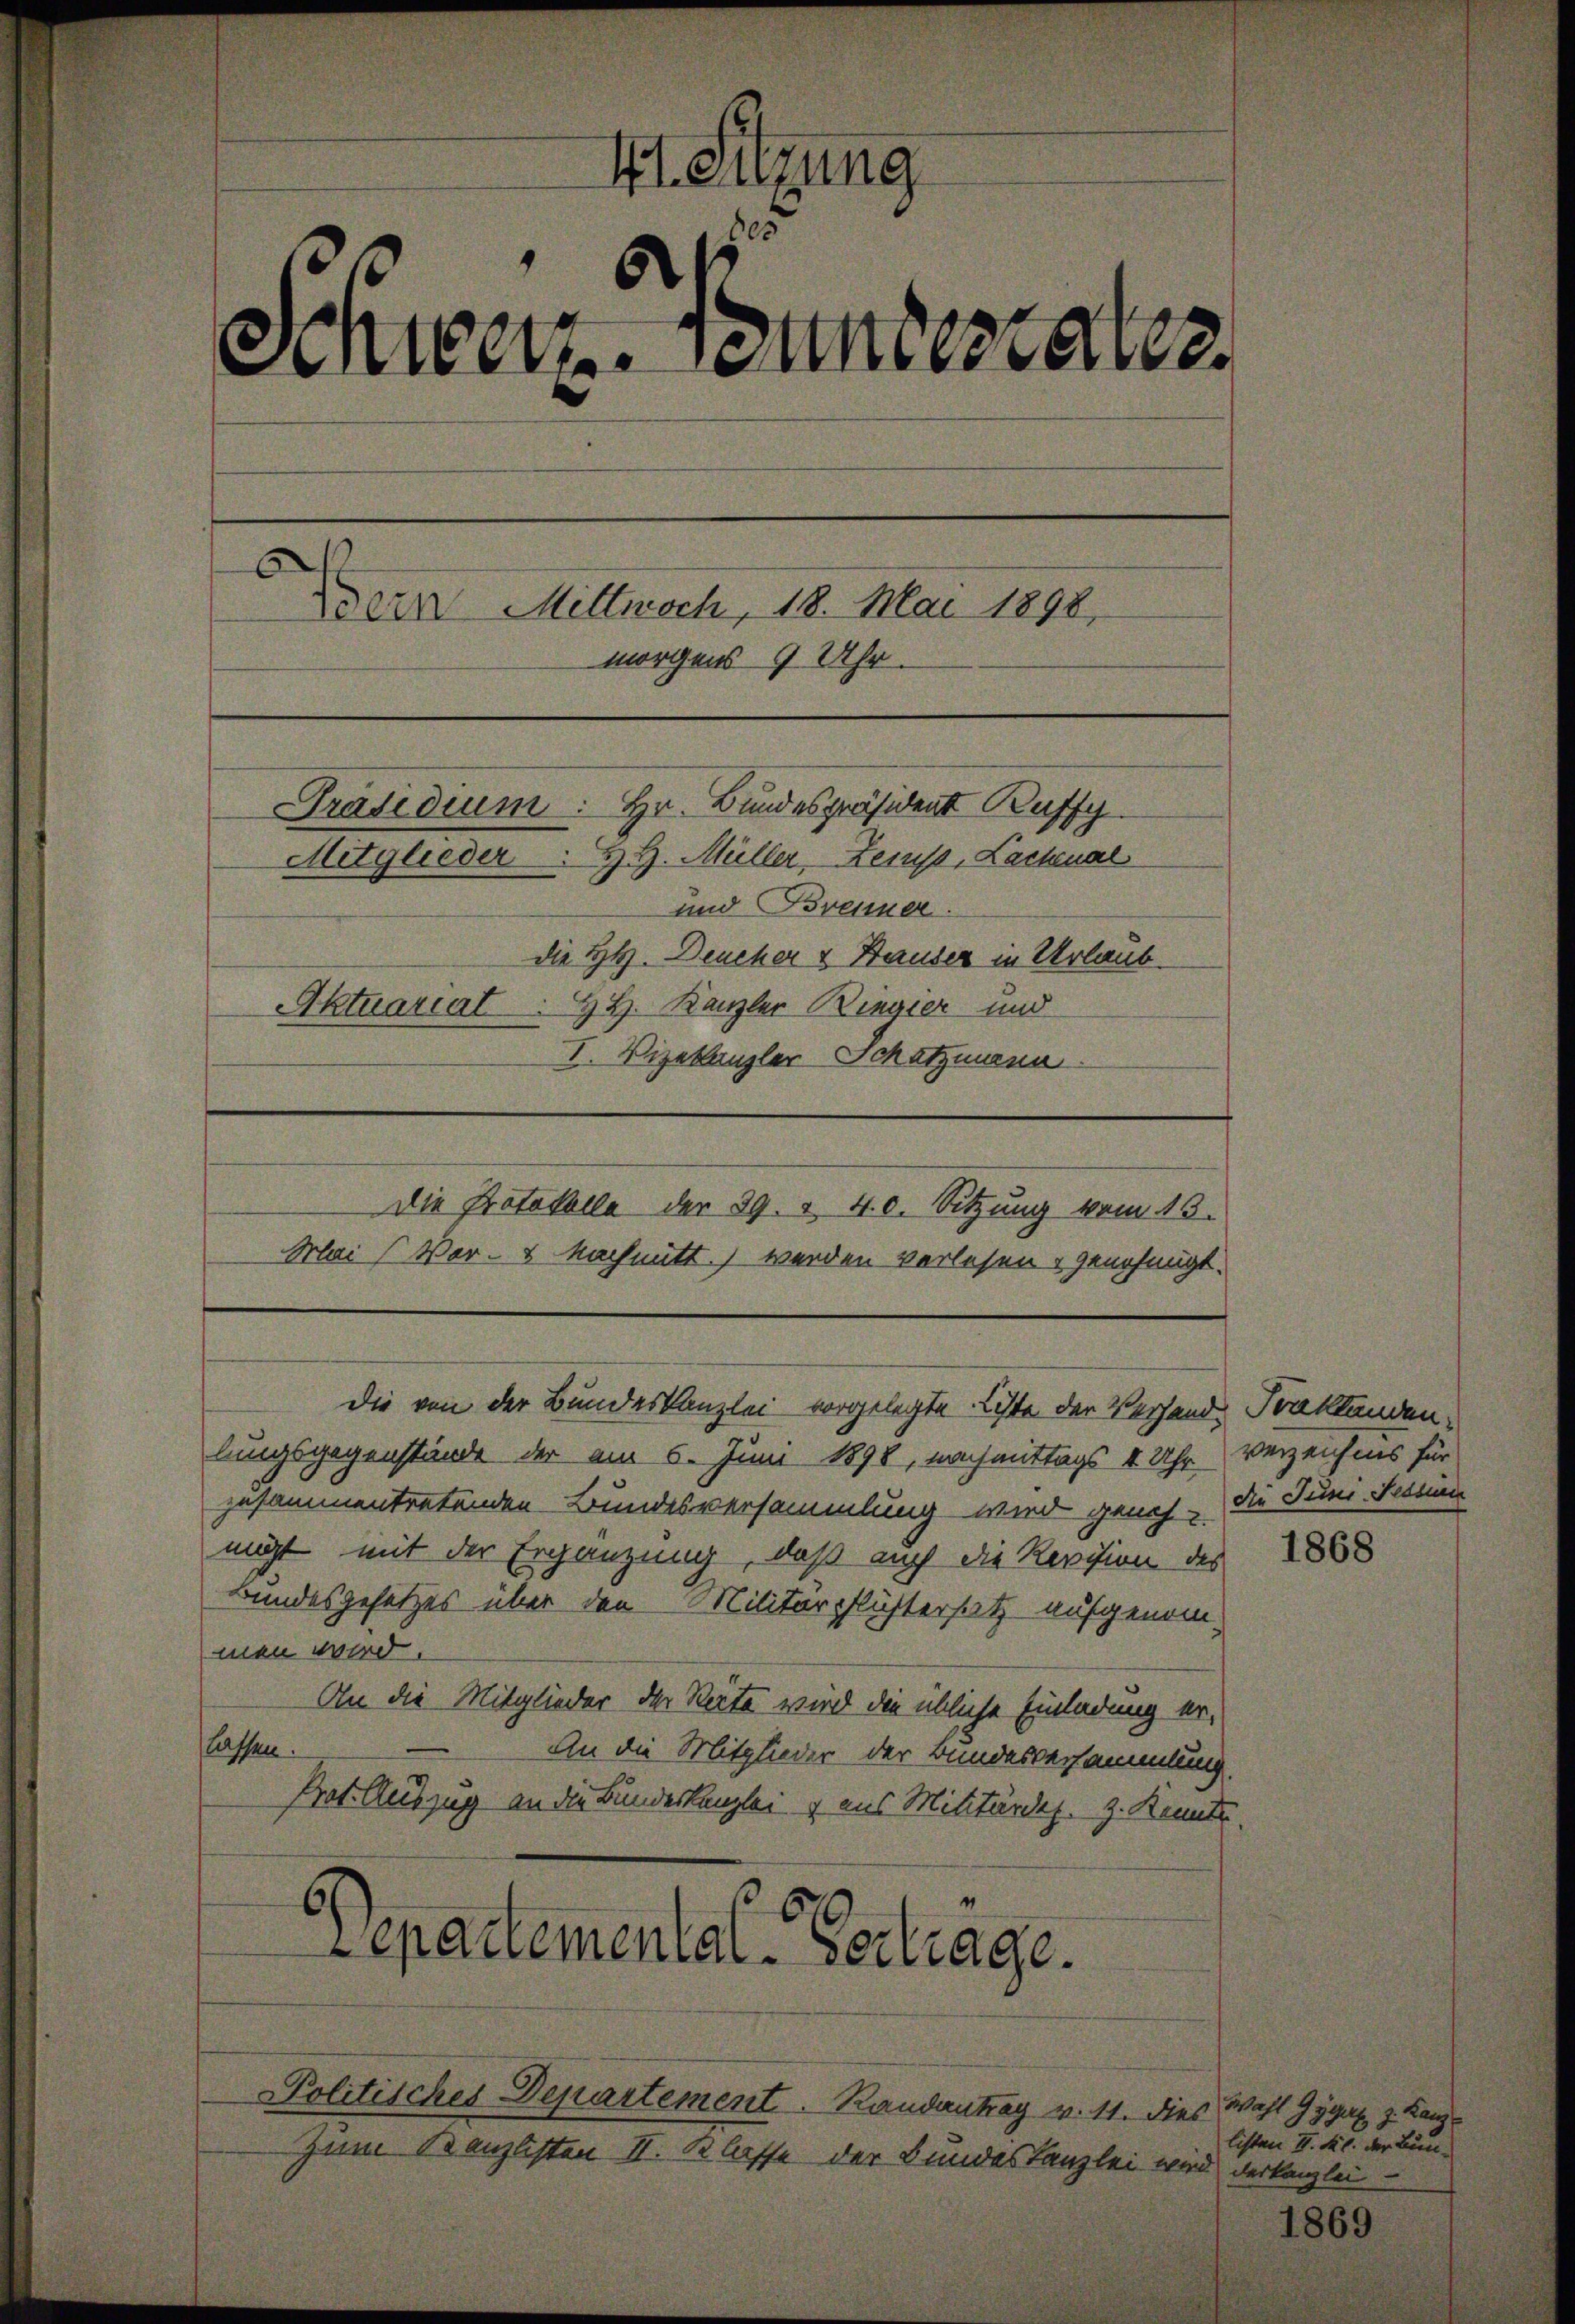
Kt. Sitzung
5
Schweiz. Cettestater
Bern Mittwoch, 18. Mai 1898.
morgens 7 Uhr.
Präsidium. Hr. Bundespräsident Ruffy
Mitglieder H. H. Müller, Leist, Lachenal
und Brenner.
die HH. Deucher & Hauser in Urlaub.
HH. Kanzler Ringier und
Aktuariat
I. Vizekanzler Schatzmann
Die Protokolle der 29. v. 40. Sitzung vom 13.
Mais Vor- & Nachmitt. werden verlesen & genehmigt.

die von der Bundeskanzlei vorgelegte Liste der Verhand Traktanden

lungsgegenstände der am 6. Juni 1898, nachmittags 4 Uhr
zusammentretenden Bundesversammlung wird geneh- die Juni, Tessin
migt mit der Ergänzung, daß auch die Revision des
Bundesgesetzes über den Militärpflistersatz aufgenommen wird.
An die Mitglieder der Reite wird die übliche Einladung erlassen.
An die Mitglieder der Bundesversammlung
Prot. Auszug an die Bundeskanzlei & aus Militärdes. z. Konnte.
"
1
10
Separtemental-Vertrage.

Politisches Departement. Randantrag v. 11. dies

Zum Kanzlisten II. Klasse der Bundeskanzlei wird derkanzlei-

verzeichnis für

1868

Wahl Gygerl. z. Kanz
listen II. Kl. der Bun-

1869